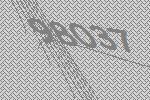
98037